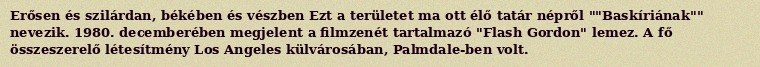
Erősen és szilárdan, békében és vészben Ezt a területet ma ott élő tatár népről ""Baskíriának"" nevezik. 1980. decemberében megjelent a filmzenét tartalmazó "Flash Gordon" lemez. A fő összeszerelő létesítmény Los Angeles külvárosában, Palmdale-ben volt.